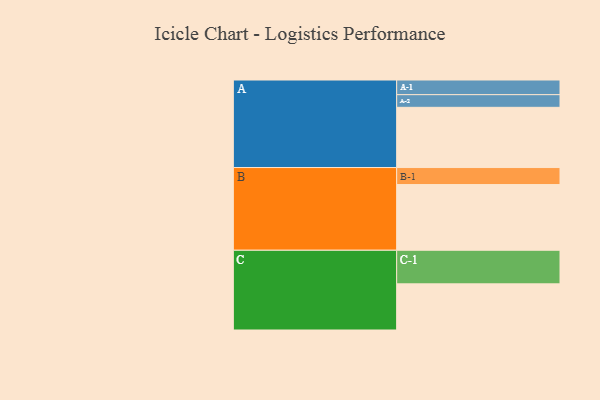
{"axis": {"x": "Segment", "y": "Value"}, "legend": ["", "A", "B", "C"], "data": [{"x": "A", "y": 509, "type": ""}, {"x": "B", "y": 555, "type": ""}, {"x": "C", "y": 390, "type": ""}, {"x": "A-1", "y": 124, "type": "A"}, {"x": "A-2", "y": 107, "type": "A"}, {"x": "B-1", "y": 144, "type": "B"}, {"x": "C-1", "y": 284, "type": "C"}]}